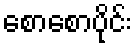
စောစောပိုင်း